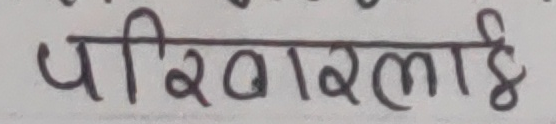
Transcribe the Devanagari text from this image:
परिवारलाई